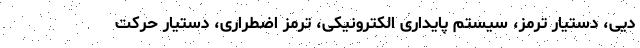
دیی، دستیار ترمز، سیستم پایداری الکترونیکی، ترمز اضطراری، دستیار حرکت